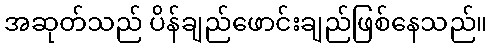
အဆုတ်သည် ပိန်ချည်ဖောင်းချည်ဖြစ်နေသည်။